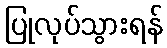
ပြုလုပ်သွားရန်